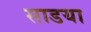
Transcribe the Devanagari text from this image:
साडया